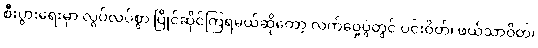
စီးပွားရေးမှာ လွပ်လပ်စွာ ပြိုင်ဆိုင်ကြရမယ်ဆိုတော့ လက်ဝှေ့ပွဲတွင် ပင်းဝိတ်၊ ဖယ်သာဝိတ်၊